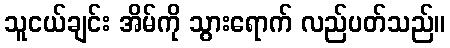
သူငယ်ချင်း အိမ်ကို သွားရောက် လည်ပတ်သည်။